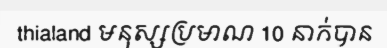
thialand មនុស្សប្រមាណ 10 នាក់បាន